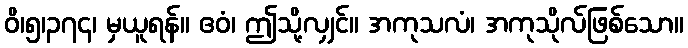
ဝိ၊၅၊၃၇၄၊ မှယူရန်။ ဧဝံ၊ ဤသို့လျှင်။ အကုသလံ၊ အကုသိုလ်ဖြစ်သော။